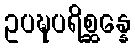
ဥပဍ္ဎပရိစ္ဆန္နေ